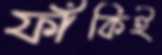
ফাঁকিই